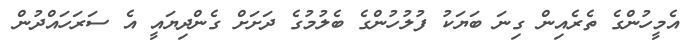
އެމީހުންގެ ތެރެއިން ގިނަ ބަޔަކު ފުލުހުންގެ ބެލުމުގެ ދަށަށް ގެންދިޔައީ އެ ސަރަހައްދުން